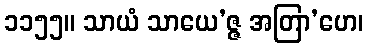
၁၁၅၅။ သာယံ သာယေ’ဇ္ဇ အတြာ’ဟေ၊